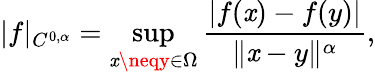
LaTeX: |f|_{C^{0,\alpha}}=\operatorname*{sup}_{\mathit{x}\neqy\in\Omega}{\frac{{|f(\mathit{x})-f(y)|}}{{\| \mathit{x}-y\| ^{\alpha}}}},